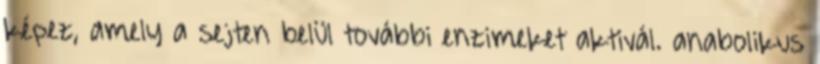
képez, amely a sejten belül további enzimeket aktivál. anabolikus